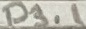
Text: P3.1